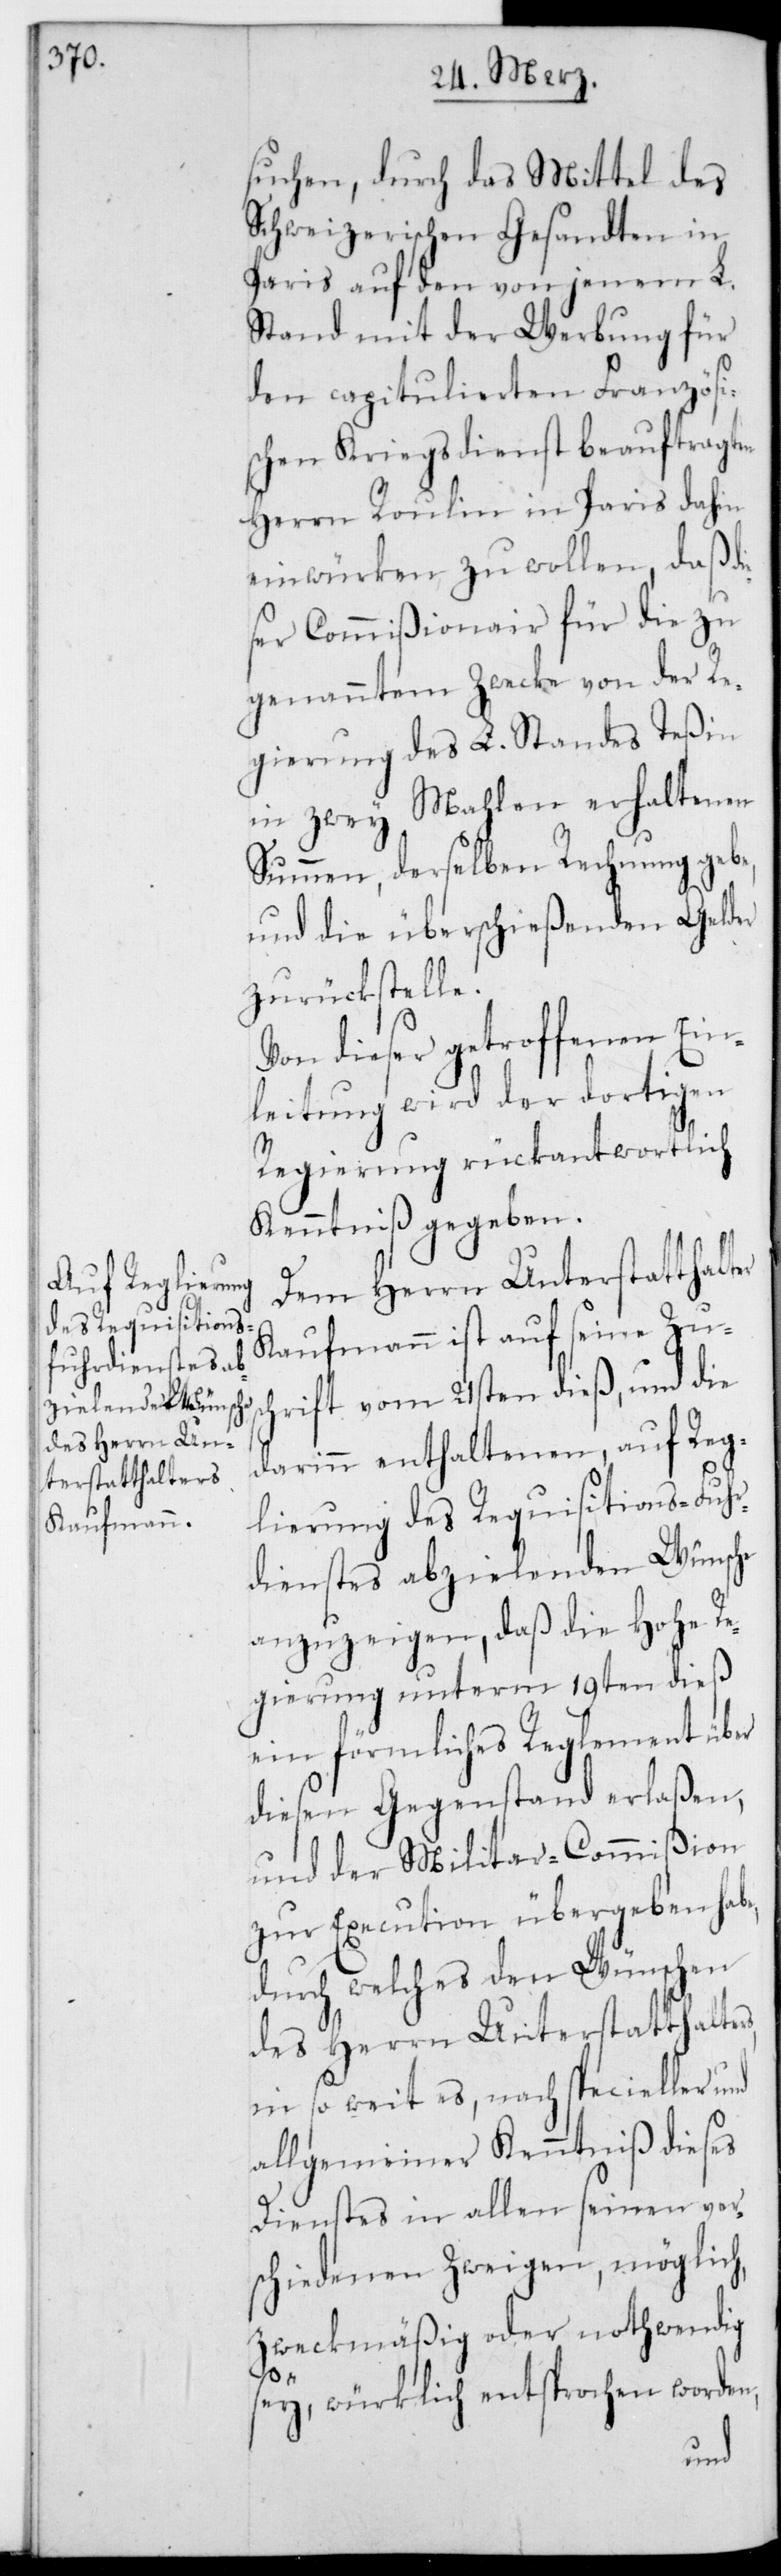
suchen, durch das Mittel des
Schweizerischen Gesandten in
Paris auf den von jenem L.
Stand mit der Werbung für
den capitulierten Französi¬
schen Kriegsdienst beauftragten
Herrn Roulin in Paris dahin
einwürken zu wollen, daß d¬
ser Commißionair für die zu
genanntem Zwecke von der Re¬
gierung des L. Standes Teßin
in zwey Mahlen erhaltenen
Summen, derselben Rechnung gebe,
und die überschießenden Gelder
zurückstelle.
Von dieser getroffenen Ein¬
leitung wird der dortigen
Regierung rückantwortlich
Kenntniß gegeben.
Dem Herrn Unterstatthalt¬
Kaufmann ist auf seine Zus¬
chrift vom 21sten dieß, und die
darin enthaltenen, auf Reg¬
lierung des Requisitions-Fuhr¬
dienstes abzielenden Wünsche
anzuzeigen, daß die Hohe Re¬
gierung unterm 19ten dieß
ein förmliches Reglement über
diesen Gegenstand erlaßen,
und der Militar-Commißion
zur Execution übergeben habe,
durch welches den Wünschen
des Herrn Unterstatthalters
in so weit es, nach specieller und
allgemeiner Kenntniß dieses
Dienstes in allen seinen ver¬
schiedenen Zweygen, möglich,
zweckmäßig oder nothwendig
er
sey, würklich entsprochen worden,